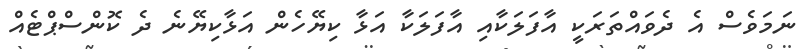
ނަމަވެސް އެ ދެވައްތަރަކީ އާފަލަކާއި އާފަލަކާ އަޅާ ކިޔޭހެން އަޅާކިޔޭނެ ދެ ކޮންސްޕްޓެއް